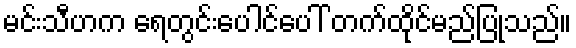
မင်းသီဟက ရေတွင်းပေါင်ပေါ် တက်ထိုင်မည်ပြုသည်။